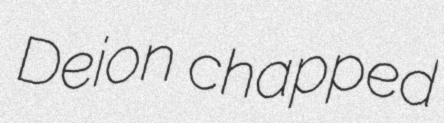
Deion chapped